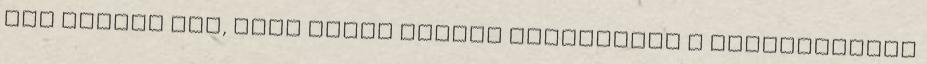
úgy ítélte meg, hogy Nyakó István tekinthető a népszavazási